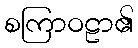
စကြာဝဠာ၏